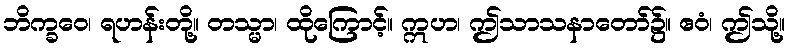
ဘိက္ခဝေ၊ ရဟန်းတို့။ တသ္မာ၊ ထိုကြောင့်။ ဣဟ၊ ဤသာသနာတော်၌။ ဧဝံ၊ ဤသို့။